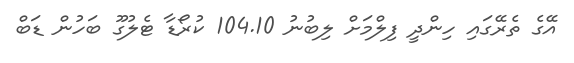
އޭގެ ތެރޭގައި ހިންދީ ފިލްމަށް ލިބުނު 104.10 ކުރޯޑާ ޓެލުގޫ ބަހުން ޑަބް